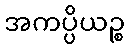
အကပ္ပိယဉ္စ